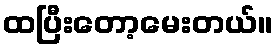
ထပြီးတော့မေးတယ်။